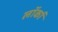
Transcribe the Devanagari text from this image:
लॉर्का